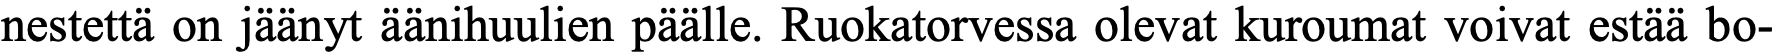
nestettä on jäänyt äänihuulien päälle. Ruokatorvessa olevat kuroumat voivat estää bo-